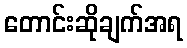
တောင်းဆိုချက်အရ